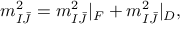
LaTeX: m _ { I \bar { J } } ^ { 2 } = m _ { I \bar { J } } ^ { 2 } | _ { F } + m _ { I \bar { J } } ^ { 2 } | _ { D } ,